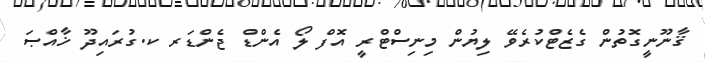
ޤާނޫނީގޮތުން ގެޒެޓްކުރެވޭ ލިޔުން މިނިސްޓްރީ އޮފް ލޯ އެންޑް ޖެންޑަރ ކ.ގުރައިދޫ ޚާއްޞަ